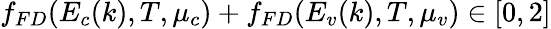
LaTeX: f_{FD}(E_{c}(k),T,\mu_{c})+f_{FD}(E_{v}(k),T,\mu_{v})\in[0,2]